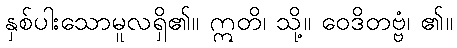
နှစ်ပါးသောမူလရှိ၏။ ဣတိ၊ သို့။ ဝေဒိတဗ္ဗံ၊ ၏။